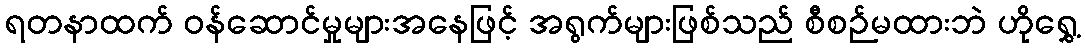
ရတနာထက် ဝန်ဆောင်မှုများအနေဖြင့် အရွက်များဖြစ်သည် စီစဉ်မထားဘဲ ဟိုရွှေ့